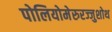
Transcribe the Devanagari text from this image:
पोलियोमेरुरज्जुशोथ